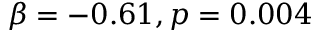
\beta = - 0 . 6 1 , p = 0 . 0 0 4